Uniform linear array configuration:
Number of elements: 4
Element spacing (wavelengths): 0.25
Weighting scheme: cosine
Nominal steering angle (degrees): -15
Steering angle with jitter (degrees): -15.02
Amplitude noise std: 0.05
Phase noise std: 0.05

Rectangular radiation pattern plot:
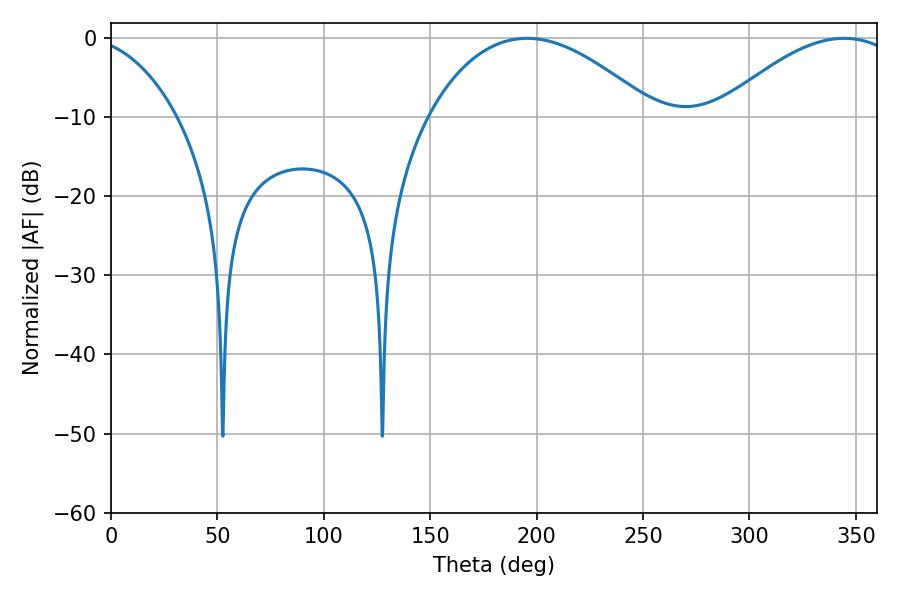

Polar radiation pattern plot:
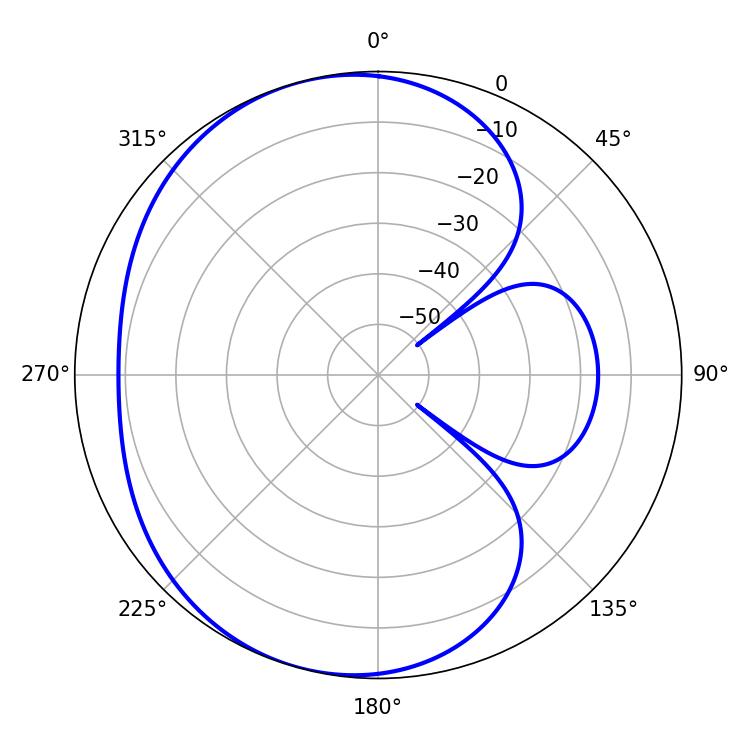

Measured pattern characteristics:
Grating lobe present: FALSE
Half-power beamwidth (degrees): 47.16
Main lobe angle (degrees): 344.52